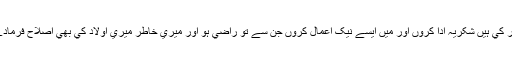
مجھے اس بات کي توفيق دے کہ ميں تيري ان تمام نعمتوں کا جو تو نے مجھ پر اور ميرے والدين پر کي ہيں شکريہ ادا کروں اور ميں ايسے نيک اعمال کروں جن سے تو راضي ہو اور ميري خاطر ميري اولاد کي بھي اصلاح فرمادے ، بے شک ميں تيري طرف توبہ کرتا ہوں اور بيشک ميں مسلمانوں ميں سے ہوں - (الاحقاف:15)